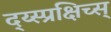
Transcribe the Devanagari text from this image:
द्य्स्प्रक्षिच्स्